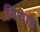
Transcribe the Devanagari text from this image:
बियाह